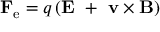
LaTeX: \mathbf { F _ { \mathrm { e } } } = q \left( \mathbf { E } \ + \ \mathbf { v } \times \mathbf { B } \right)